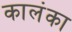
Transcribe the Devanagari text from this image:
कालंका